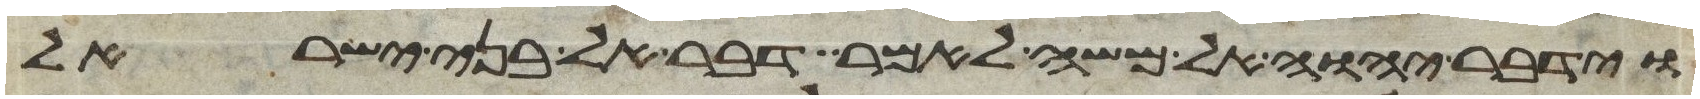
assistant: וידבר יהוה אל משה לאמר דבר אל בני ישראל